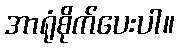
အာရုံစိုက်ပေးပါ။